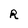
Character: R